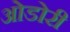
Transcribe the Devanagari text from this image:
ओडोरी